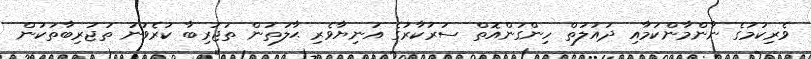
ވެރިކަމުގެ ނާންމާންކަމާއި ދައުލަތް ހިންގަންއޮތް ސަރުކާރުގެ އަނިޔާވެރި ޙާލަތުން ތަޖުރިބާ ކުރެވުނު ތަޖުރިބާތަކުން